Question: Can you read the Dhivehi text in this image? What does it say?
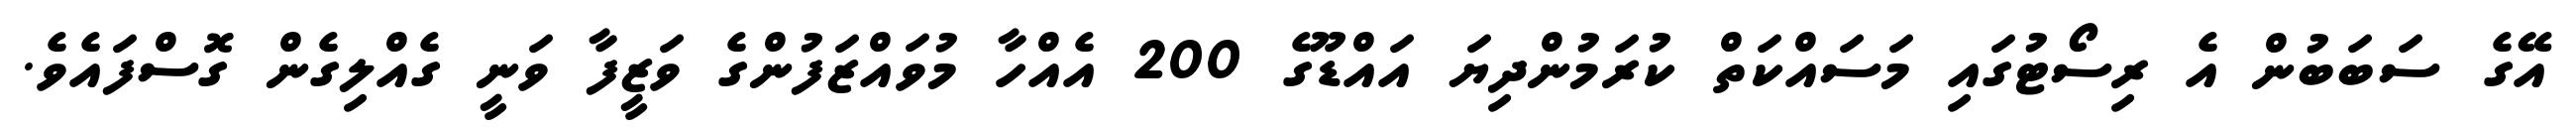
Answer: އޭގެ ސަބަބުން އެ ރިސޯޓުގައި މަސައްކަތް ކުރަމުންދިޔަ އައްޑޫގެ 200 އެއްހާ މުވައްޒަފުންގެ ވަޒީފާ ވަނީ ގެއްލިގެން ގޮސްފައެވެ.